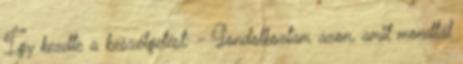
Így kezdte a beszélgetést: - Gondolkoztam azon, amit mondtál